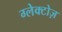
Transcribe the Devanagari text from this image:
ग्लेक्टोज़